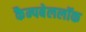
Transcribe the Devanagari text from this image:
कैम्पबेललॉक